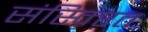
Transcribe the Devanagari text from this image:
संस्क्ऱित